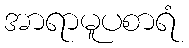
အာရာမူပစာရံ